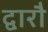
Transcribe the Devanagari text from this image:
द्वारौ